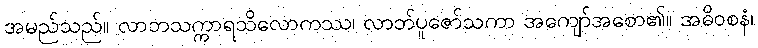
အမည်သည်။ လာဘသက္ကာရသိလောကဿ၊ လာဘ်ပူဇော်သကာ အကျော်အစော၏။ အဓိဝစနံ၊